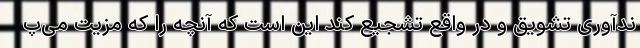
ند‌آوری تشویق و در واقع تشجیع کند این است که آنچه را که مزیت می‌پ